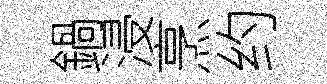
鍋浸烹约